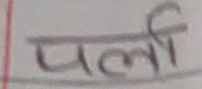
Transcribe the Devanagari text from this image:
पर्ला